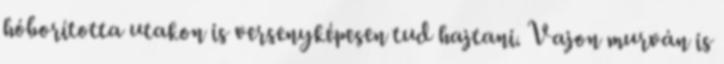
hóborította utakon is versenyképesen tud hajtani. Vajon murván is